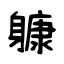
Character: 躿